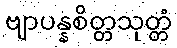
ဗျာပန္နစိတ္တသုတ္တံ